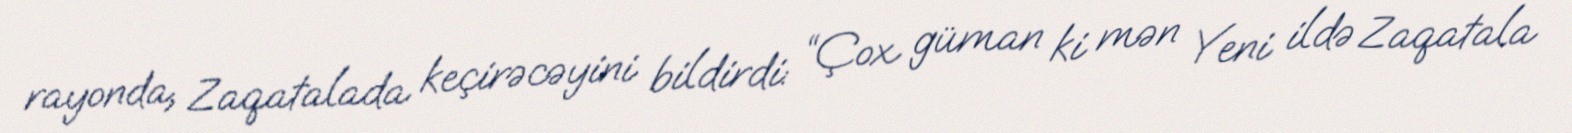
rayonda, Zaqatalada keçirəcəyini bildirdi: “Çox güman ki mən Yeni ildə Zaqatala